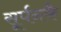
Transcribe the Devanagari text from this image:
सूर्पनकै